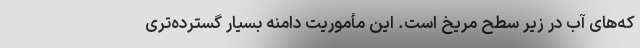
که‌های آب در زیر سطح مریخ است. این مأموریت دامنه بسیار گسترده‌تری